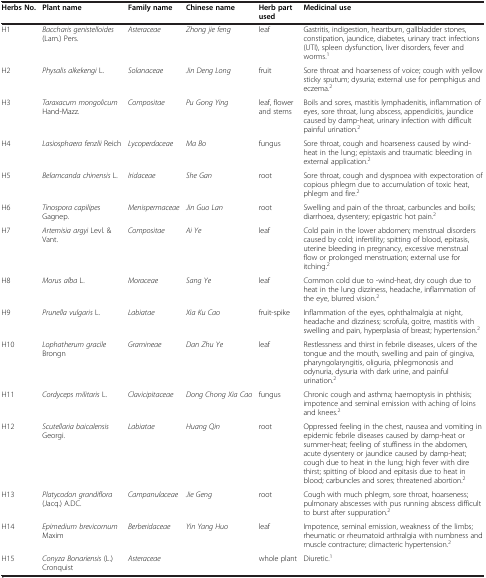
<table><thead><tr><td><b>Herbs No.</b></td><td><b>Plant name</b></td><td><b>Family name</b></td><td><b>Chinese name</b></td><td><b>Herb part used</b></td><td><b>Medicinal use</b></td></tr></thead><tbody><tr><td>H1</td><td><i>Baccharis genistelloides </i>(Lam.) Pers.</td><td><i>Asteraceae</i></td><td><i>Zhong jie feng</i></td><td>leaf</td><td>Gastritis, indigestion, heartburn, gallbladder stones, constipation, jaundice, diabetes, urinary tract infections (UTI), spleen dysfunction, liver disorders, fever and worms.<sup>1</sup></td></tr><tr><td>H2</td><td><i>Physalis alkekengi </i>L.</td><td><i>Solanaceae</i></td><td><i>Jin Deng Long</i></td><td>fruit</td><td>Sore throat and hoarseness of voice; cough with yellow sticky sputum; dysuria; external use for pemphigus and eczema.<sup>2</sup></td></tr><tr><td>H3</td><td><i>Taraxacum mongolicum </i>Hand-Mazz.</td><td><i>Compositae</i></td><td><i>Pu Gong Ying</i></td><td>leaf, flower and stems</td><td>Boils and sores, mastitis lymphadenitis, inflammation of eyes, sore throat, lung abscess, appendicitis, jaundice caused by damp-heat, urinary infection with difficult painful urination.<sup>2</sup></td></tr><tr><td>H4</td><td><i>Lasiosphaera fenzlii </i>Reich</td><td><i>Lycoperdaceae</i></td><td><i>Ma Bo</i></td><td>fungus</td><td>Sore throat, cough and hoarseness caused by wind-heat in the lung; epistaxis and traumatic bleeding in external application.<sup>2</sup></td></tr><tr><td>H5</td><td><i>Belamcanda chinensis </i>L.</td><td><i>Iridaceae</i></td><td><i>She Gan</i></td><td>root</td><td>Sore throat, cough and dyspnoea with expectoration of copious phlegm due to accumulation of toxic heat, phlegm and fire.<sup>2</sup></td></tr><tr><td>H6</td><td><i>Tinospora capilipes </i>Gagnep.</td><td><i>Menispermaceae</i></td><td><i>Jin Guo Lan</i></td><td>root</td><td>Swelling and pain of the throat, carbuncles and boils; diarrhoea, dysentery; epigastric hot pain.<sup>2</sup></td></tr><tr><td>H7</td><td><i>Artemisia argyi </i>Levl. &amp; Vant.</td><td><i>Compositae</i></td><td><i>Ai Ye</i></td><td>leaf</td><td>Cold pain in the lower abdomen; menstrual disorders caused by cold; infertility; spitting of blood, epitasis, uterine bleeding in pregnancy, excessive menstrual flow or prolonged menstruation; external use for itching.<sup>2</sup></td></tr><tr><td>H8</td><td><i>Morus alba </i>L.</td><td><i>Moraceae</i></td><td><i>Sang Ye</i></td><td>leaf</td><td>Common cold due to -wind-heat, dry cough due to heat in the lung dizziness, headache, inflammation of the eye, blurred vision.<sup>2</sup></td></tr><tr><td>H9</td><td><i>Prunella vulgaris </i>L.</td><td><i>Labiatae</i></td><td><i>Xia Ku Cao</i></td><td>fruit-spike</td><td>Inflammation of the eyes, ophthalmalgia at night, headache and dizziness; scrofula, goitre, mastitis with swelling and pain, hyperplasia of breast; hypertension.<sup>2</sup></td></tr><tr><td>H10</td><td><i>Lophatherum gracile </i>Brongn</td><td><i>Gramineae</i></td><td><i>Dan Zhu Ye</i></td><td>leaf</td><td>Restlessness and thirst in febrile diseases, ulcers of the tongue and the mouth, swelling and pain of gingiva, pharyngolaryngitis, oliguria, phlegmonosis and odynuria, dysuria with dark urine, and painful urination.<sup>2</sup></td></tr><tr><td>H11</td><td><i>Cordyceps militaris </i>L.</td><td><i>Clavicipitaceae</i></td><td><i>Dong Chong Xia Cao</i></td><td>fungus</td><td>Chronic cough and asthma; haemoptysis in phthisis; impotence and seminal emission with aching of loins and knees.<sup>2</sup></td></tr><tr><td>H12</td><td><i>Scutellaria baicalensis </i>Georgi.</td><td><i>Labiatae</i></td><td><i>Huang Qin</i></td><td>root</td><td>Oppressed feeling in the chest, nausea and vomiting in epidemic febrile diseases caused by damp-heat or summer-heat; feeling of stuffiness in the abdomen, acute dysentery or jaundice caused by damp-heat; cough due to heat in the lung; high fever with dire thirst; spitting of blood and epitasis due to heat in blood; carbuncles and sores; threatened abortion.<sup>2</sup></td></tr><tr><td>H13</td><td><i>Platycodon grandiflora </i>(Jacq.) A.DC.</td><td><i>Campanulaceae</i></td><td><i>Jie Geng</i></td><td>root</td><td>Cough with much phlegm, sore throat, hoarseness; pulmonary abscesses with pus running abscess difficult to burst after suppuration.<sup>2</sup></td></tr><tr><td>H14</td><td><i>Epimedium brevicornum </i>Maxim</td><td><i>Berberidaceae</i></td><td><i>Yin Yang Huo</i></td><td>leaf</td><td>Impotence, seminal emission, weakness of the limbs; rheumatic or rheumatoid arthralgia with numbness and muscle contracture; climacteric hypertension.<sup>2</sup></td></tr><tr><td>H15</td><td><i>Conyza Bonariensis </i>(L.) Cronquist</td><td><i>Asteraceae</i></td><td> </td><td>whole plant</td><td>Diuretic.<sup>1</sup></td></tr></tbody></table>